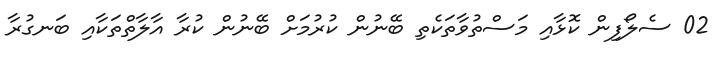
02 ސެލޯފިން ކޮޅާއި މަސްތުވާތަކެތި ބޭނުން ކުރުމަށް ބޭނުން ކުރާ އާލާތްތަކާއި ބަނގުރާ